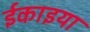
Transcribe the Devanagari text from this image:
ईकाइया